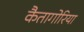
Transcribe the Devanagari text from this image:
कैतागोरिया